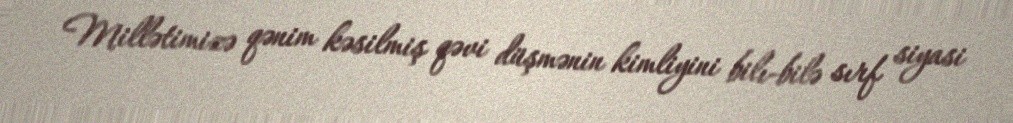
Millətimizə qənim kəsilmiş qəvi düşmənin kimliyini bilı-bilə sırf siyasi